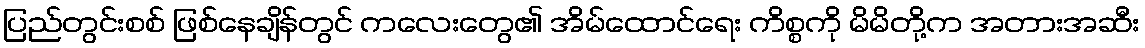
ပြည်တွင်းစစ် ဖြစ်နေချိန်တွင် ကလေးတွေ၏ အိမ်ထောင်ရေး ကိစ္စကို မိမိတို့က အတားအဆီး